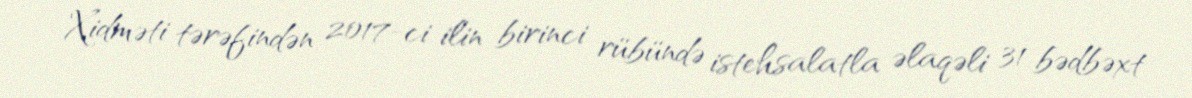
Xidməti tərəfindən 2017-ci ilin birinci rübündə istehsalatla əlaqəli 31 bədbəxt